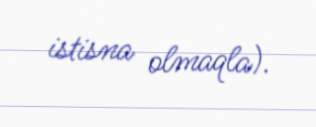
istisna olmaqla).